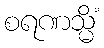
စရဏသ္မိံ